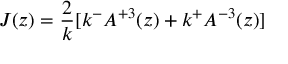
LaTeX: J ( z ) = \frac { 2 } { k } [ k ^ { - } A ^ { + 3 } ( z ) + k ^ { + } A ^ { - 3 } ( z ) ]